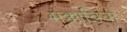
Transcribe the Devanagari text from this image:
मक्काबियों